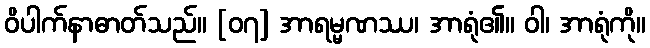
ဝိပါက်နာဓာတ်သည်။ [၀၇] အာရမ္မဏဿ၊ အာရုံ၏။ ဝါ၊ အာရုံကို။